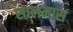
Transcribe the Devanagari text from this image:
सालमास